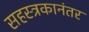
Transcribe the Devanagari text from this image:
सहस्त्रकानंतर